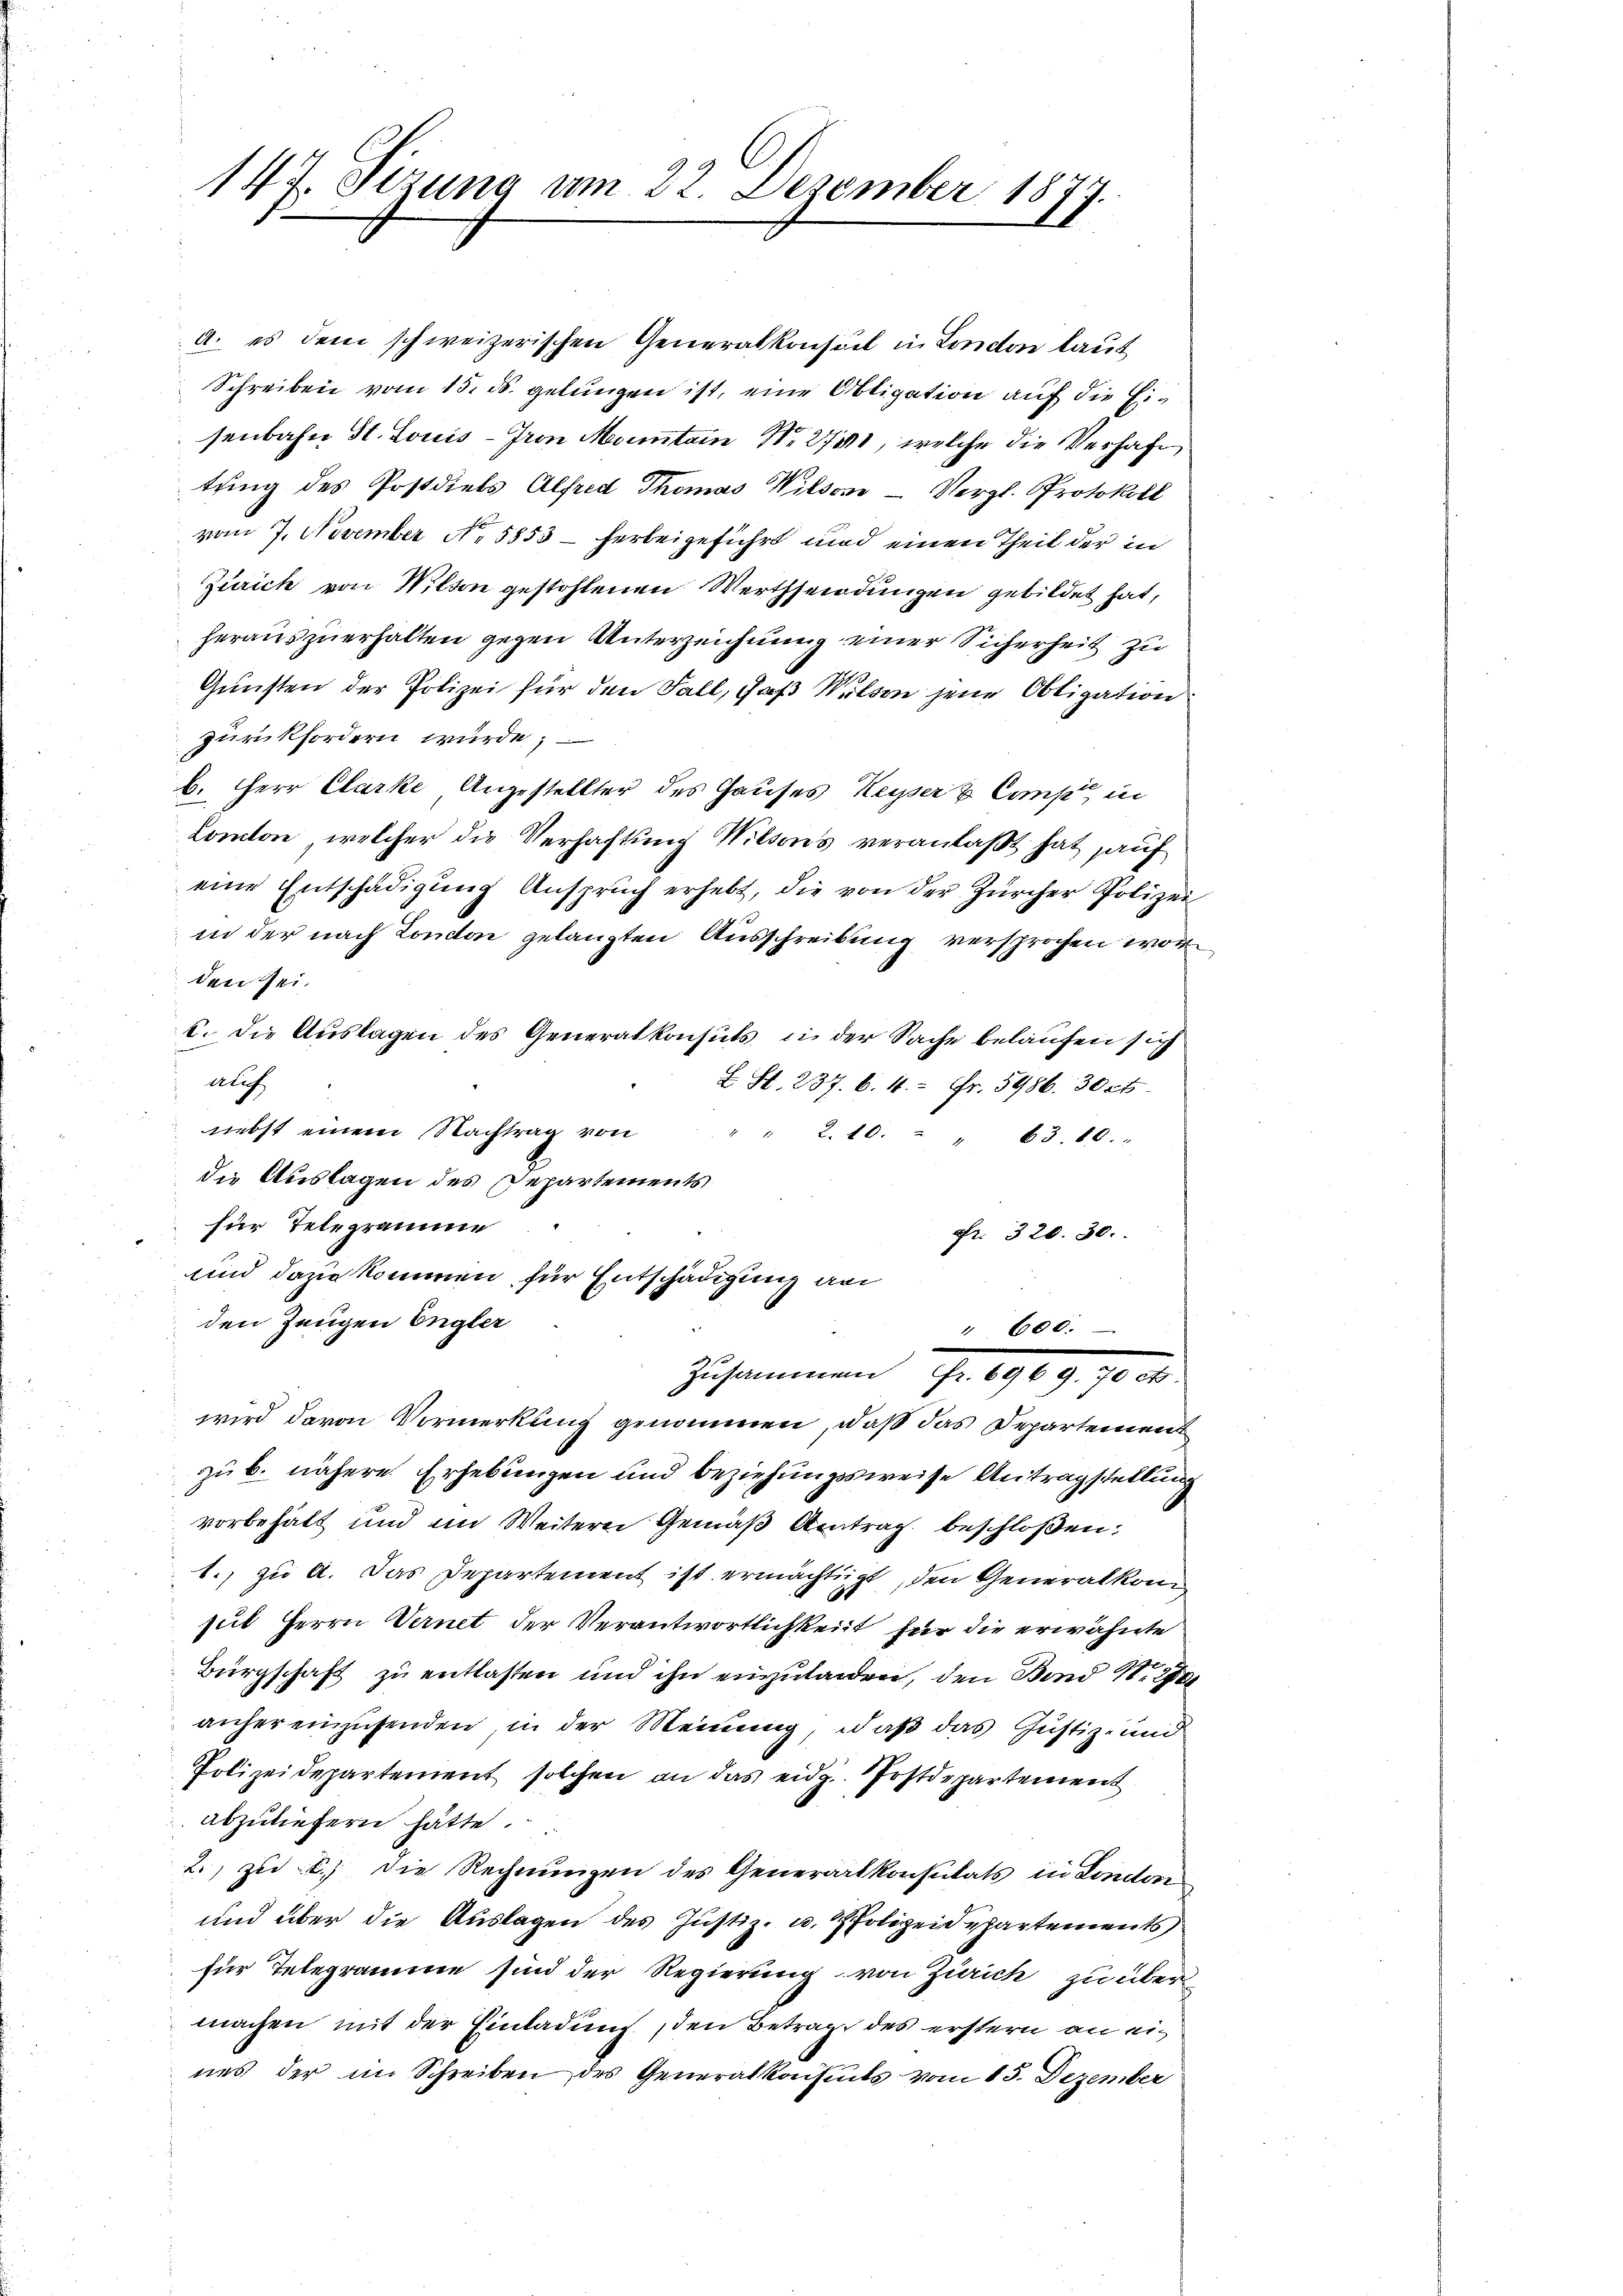
147. Sizung am 22. Dezember 1877.

a. es dem schweizerischen Generalkonseil in London laut
Schreiben vom 15. ds. gelungen ist, eine Obligation auf die Eisenbahn St. Louis-Iron Montain Nr. 271, welche die Verhaft
tung des Postdiels Alfred Thomas Wilson - Vergl. Protokoll
vom 7. November No. 5853 - herbeigeführt und einen Theil der in
Zürich von Wilten gestohlenen Werthsendungen gebildet hat,
herauszuerhalten gegen Unterzeichnung einer Sicherheit zu
Günsten der Polizei für den Fall, daß Welsen jene Obligation
zurückfordern würde;
b. Herr Clarke Angestellter des Hauses Kayser & Camp in
Comton, welcher die Verhaftung Wilsons veranlaßt hat auf
eine Entschädigung Anspruch erhebt, die von der Zürcher Polizei
in der nach London gelangten Ausschreibung versprochen worden sei.
6. die Auslagen des Generalkonsuls in der Sache belaufen sich
alch
L. St. 237. 6. 14. Fr. 5986. 30 cts.
nebst einem Nachtrag von " " 2. 10. " " 63. 10.
die Auslagen des Departements
für Telegrame
Fr. 320. 30.
und dazu kommen für Entschädigung an
den Zeugen Engler
" 600.
Zusammen fe
wird davon Vormerkung genommen, daß das Departement
zu b. nähere Erhebungen und beziehungsweise Antragstellung
.
vorbehalt und im Weitern Gemäß Antrag beschloßen:
1. zu a. Das Departement ist ermächtigt, den Generalkomsul Herrn Vernet der Verantwortlichkeit für die erwähnte
Bürgschaft zu entlassen und ihn einzuladen, den Bind 11. 2
anher einzusenden, in der Meinung, daß das Justiz- und
Polizeidepartement solchen an das eidg. Postdepartement
abzuliefern hätte.
2. zu b.) die Rechnungen des Generartkonsulats in London
und über die Auslagen des Justiz- u. 2 Polizeidepartements
für Telegramme sind der Regierung von Zürich zu über
machen mit der Einladung, den Betrag des erstern an eines der im Schreiben des Generalkonseits vom 15. Dezember